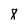
Character: 8